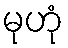
မုဟုံ